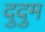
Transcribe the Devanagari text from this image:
दुदुम